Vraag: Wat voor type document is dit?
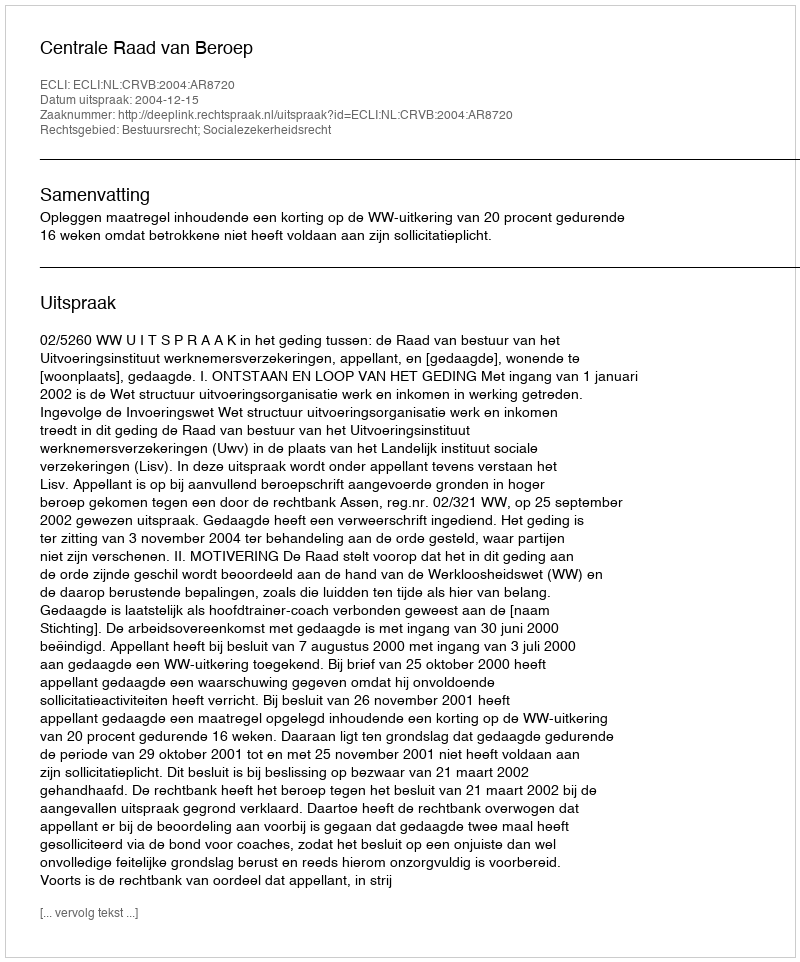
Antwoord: Uitspraak